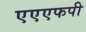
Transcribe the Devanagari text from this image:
एएएफपी